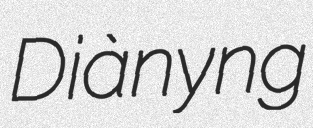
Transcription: Diànyǐng